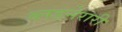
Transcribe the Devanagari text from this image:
ब्लडनेरारी